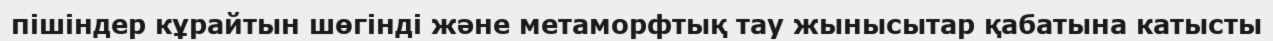
пішіндер кұрайтын шөгінді және метаморфтық тау жынысытар қабатына катысты